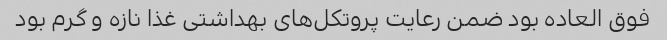
فوق العاده بود ضمن رعایت پروتکل‌های بهداشتی غذا نازه و گرم بود